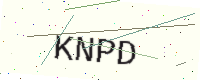
Text: KNPD